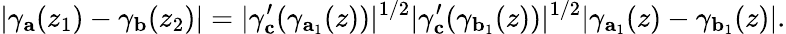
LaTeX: \vert\gamma_{\textbf{a}}(z_{1})-\gamma_{\textbf{b}}(z_{2})\vert=\vert\gamma_{\textbf{c}}^{\prime}(\gamma_{\textbf{a}_{1}}(z))\vert^{1/2}\vert\gamma_{\textbf{c}}^{\prime}(\gamma_{\textbf{b}_{1}}(z))\vert^{1/2}\vert\gamma_{\textbf{a}_{1}}(z)-\gamma_{\textbf{b}_{1}}(z)\vert.